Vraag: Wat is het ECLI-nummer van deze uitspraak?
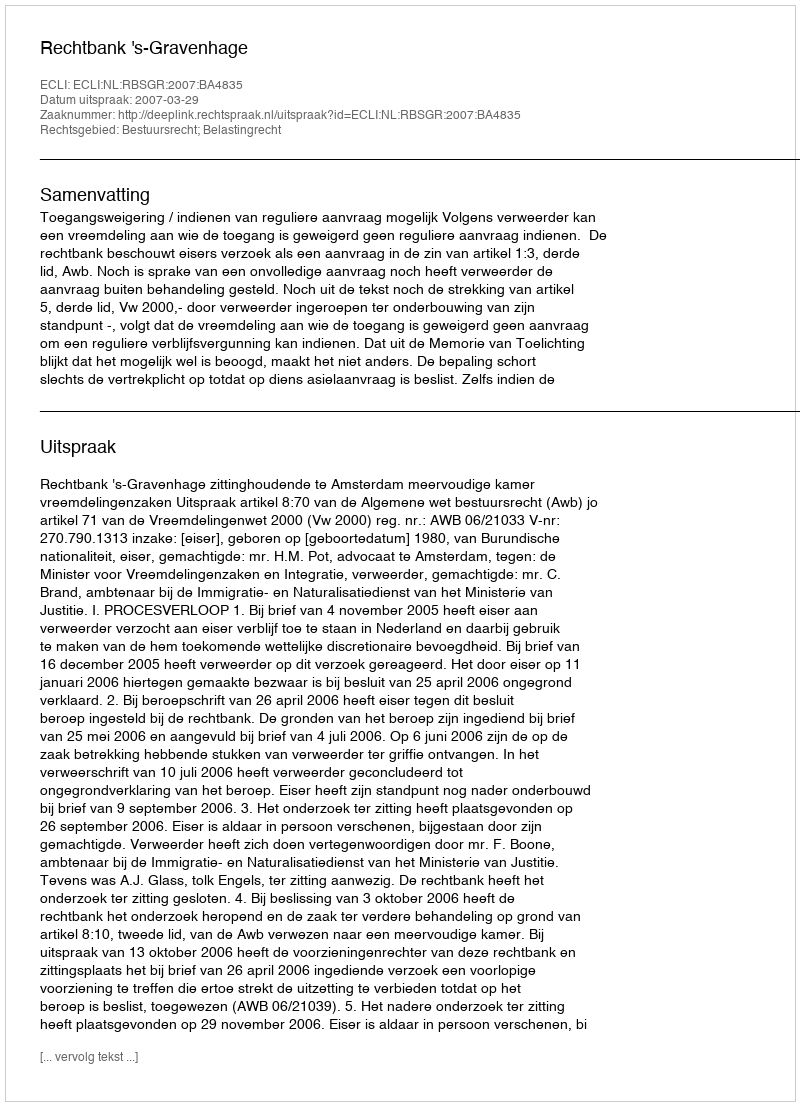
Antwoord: ECLI:NL:RBSGR:2007:BA4835